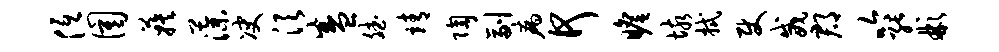
低圉蔟藻决须盛斌靖陶副病何瞻垓拭使威郡吟能彬